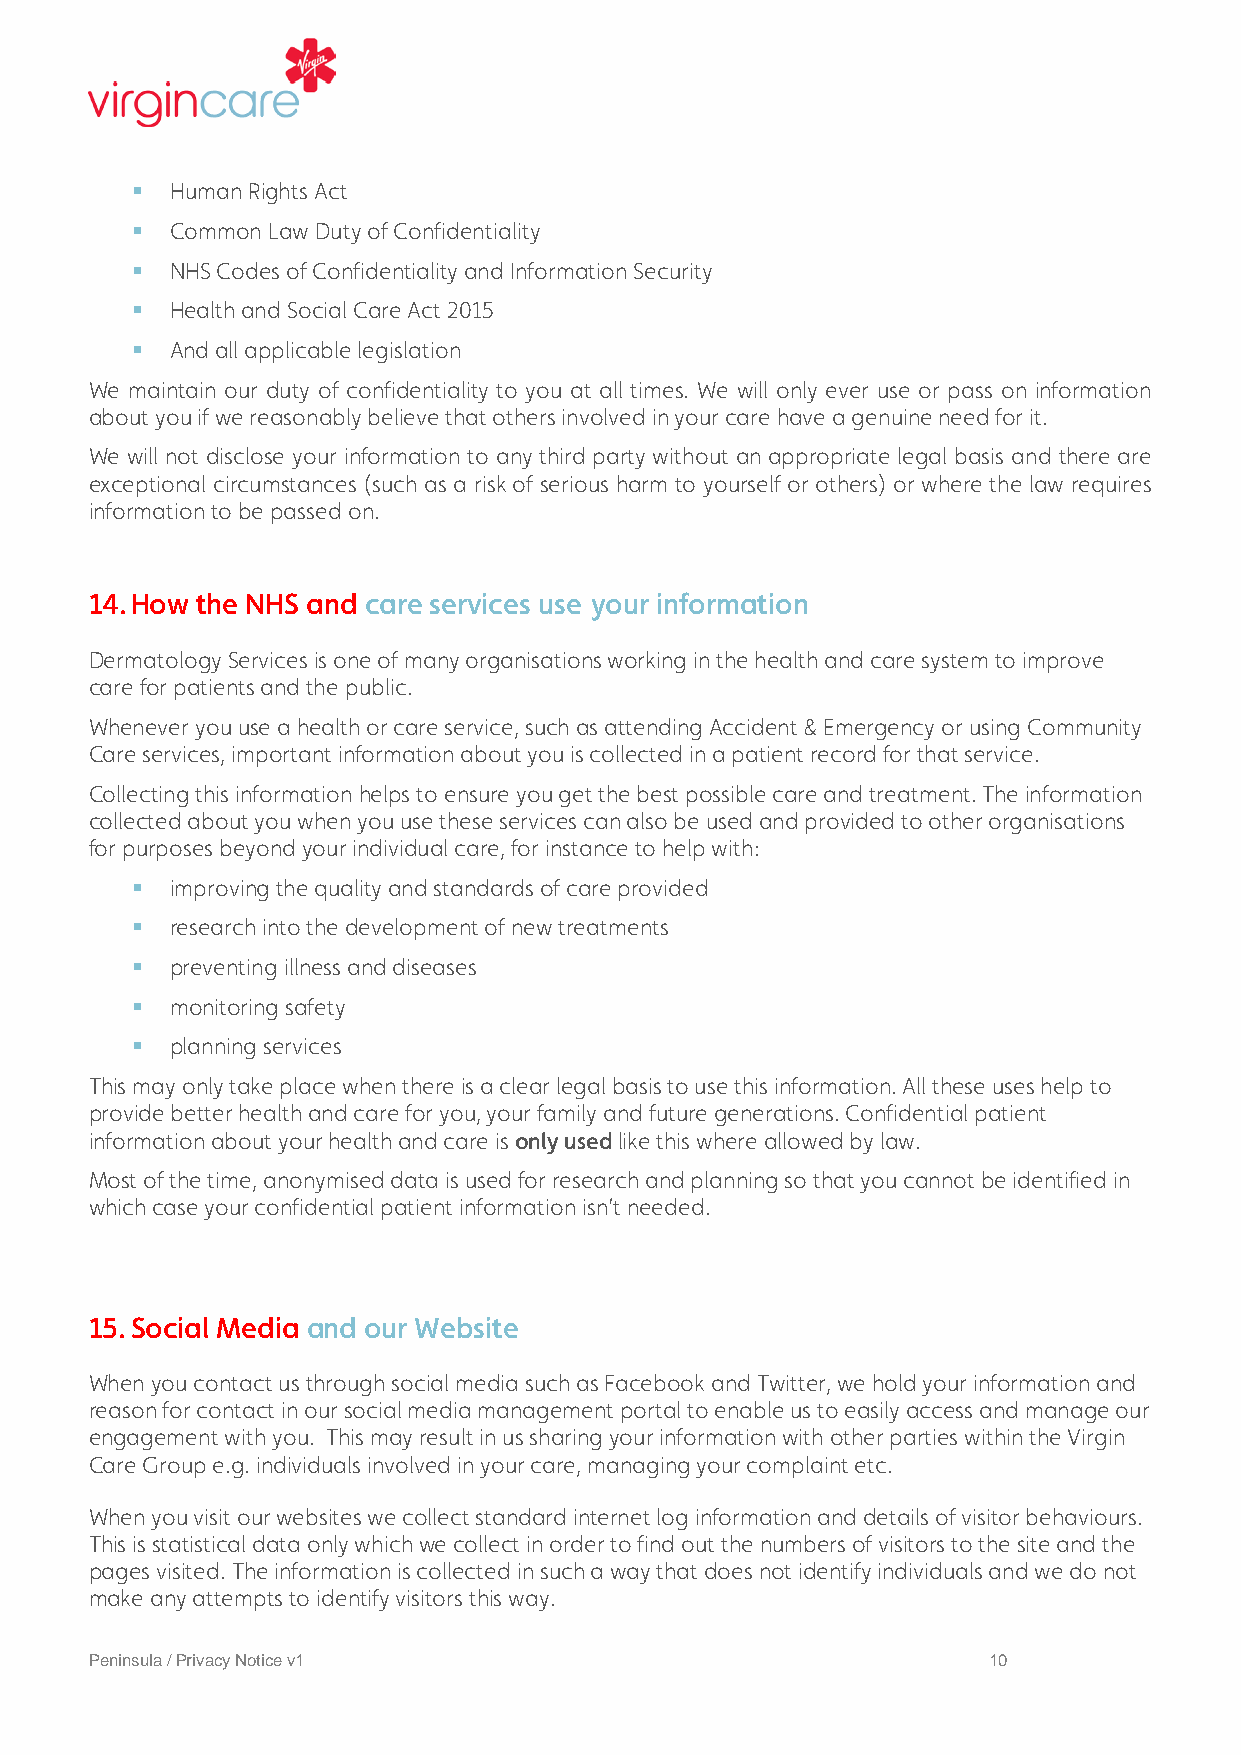
 Human Rights Act
  Common Law Duty of Confidentiality
  NHS Codes of Confidentiality and Information Security
  Health and Social Care Act 2015
  And all applicable legislation
 We maintain our duty of confidentiality to you at all times. We will only ever use or pass on information
 about you if we reasonably believe that others involved in your care have a genuine need for it.
 We will not disclose your information to any third party without an appropriate legal basis and there are
 exceptional circumstances (such as a risk of serious harm to yourself or others) or where the law requires
 information to be passed on.
 14. How the NHS and care services use your information
 Dermatology Services is one of many organisations working in the health and care system to improve
 care for patients and the public.
 Whenever you use a health or care service, such as attending Accident & Emergency or using Community
 Care services, important information about you is collected in a patient record for that service.
 Collecting this information helps to ensure you get the best possible care and treatment. The information
 collected about you when you use these services can also be used and provided to other organisations
 for purposes beyond your individual care, for instance to help with:
  improving the quality and standards of care provided
  research into the development of new treatments
  preventing illness and diseases
  monitoring safety
  planning services
 This may only take place when there is a clear legal basis to use this information. All these uses help to
 provide better health and care for you, your family and future generations. Confidential patient
 information about your health and care is only used like this where allowed by law.
 Most of the time, anonymised data is used for research and planning so that you cannot be identified in
 which case your confidential patient information isn’t needed.
 15. Social Media and our Website
 When you contact us through social media such as Facebook and Twitter, we hold your information and
 reason for contact in our social media management portal to enable us to easily access and manage our
 engagement with you. This may result in us sharing your information with other parties within the Virgin
 Care Group e.g. individuals involved in your care, managing your complaint etc.
 When you visit our websites we collect standard internet log information and details of visitor behaviours.
 This is statistical data only which we collect in order to find out the numbers of visitors to the site and the
 pages visited. The information is collected in such a way that does not identify individuals and we do not
 make any attempts to identify visitors this way.
 Peninsula / Privacy Notice v1                              10